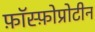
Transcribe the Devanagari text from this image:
फ़ॉस्फ़ोप्रोटीन